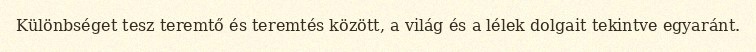
Különbséget tesz teremtő és teremtés között, a világ és a lélek dolgait tekintve egyaránt.